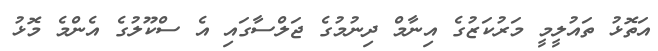
އަތޮޅު ތައުލީމީ މަރުކަޒުގެ އިނާމް ދިނުމުގެ ޖަލްސާގައި އެ ސްކޫލުގެ އެންމެ މޮޅު